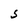
Character: S